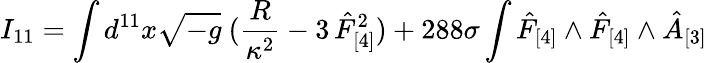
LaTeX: I_{11}=\int d^{11}x\sqrt{-g}~({\frac{R}{\kappa^{2}}}-3\, \hat{F}_{[4]}^{2})+{288}\sigma\int\hat{F}_{[4]}\wedge\hat{F}_{[4]}\wedge\hat{A}_{[3]}